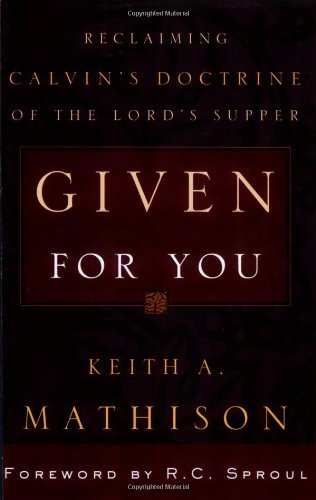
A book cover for Given for You: Reclaiming Calvin's Doctrine of the Lord's Supper; Keith A. Mathison; Christian Books & Bibles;